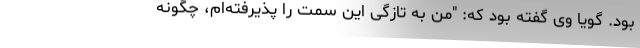
بود. گویا وی گفته بود که: "من به تازگی این سمت را پذیرفته‌ام، چگونه